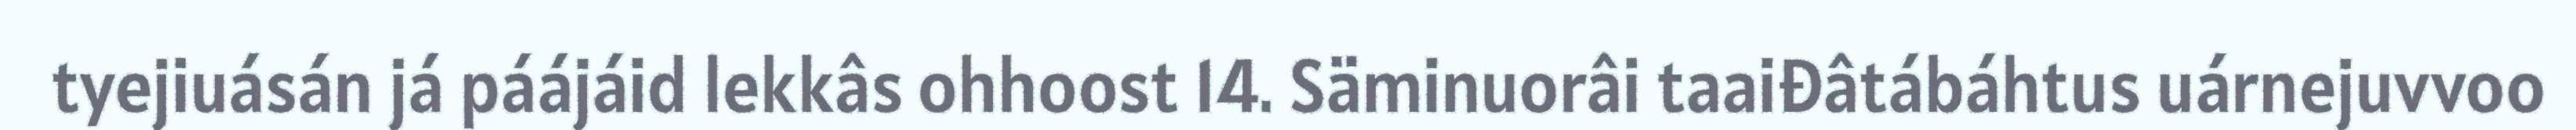
tyejiuásán já páájáid lekkâs ohhoost 14. Säminuorâi taaiđâtábáhtus uárnejuvvoo